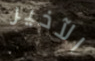
الآخير